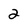
Character: 2